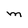
Character: M